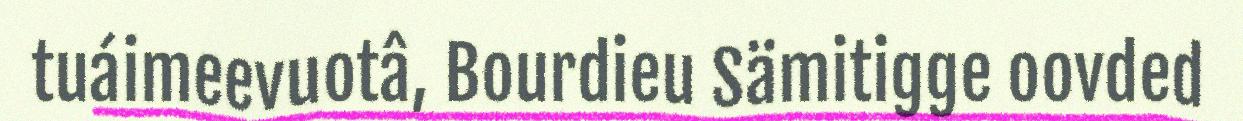
tuáimeevuotâ, Bourdieu Sämitigge oovded